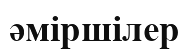
әміршілер